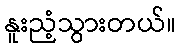
နူးညံ့သွားတယ်။